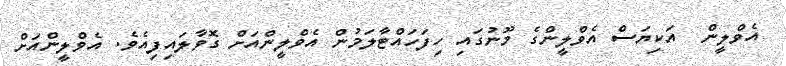
އެވްލީން  އަކިޔަސް އެވްލީންގެ މޫނުގައި ހިފަހައްޓާލަމުން އެވްލީންއަށް ގޮވާލައިފިއެވެ. އެވްލީންއަށް